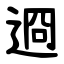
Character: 䢛